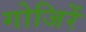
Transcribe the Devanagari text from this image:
गोजिरें